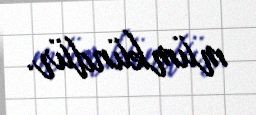
mümkündür.